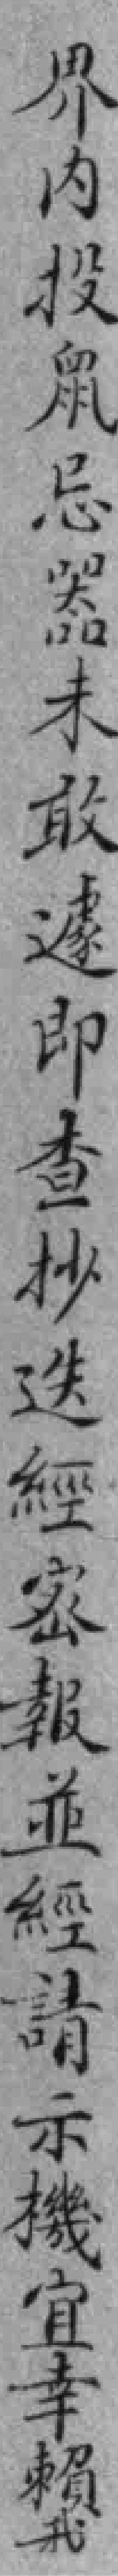
界内投鼠忌器未敢遽即查抄送經密報並經請示機宜幸賴我